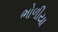
ભોળીયા